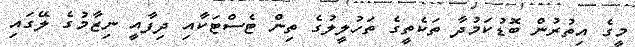
މީގެ އިތުރުން ބޮޑުކަމުދާ ތަކެތީގެ ތަހުލީލުގެ ތިން ޓެސްޓަކާއި ދިފާއީ ނިޒާމުގެ ލޭގައި